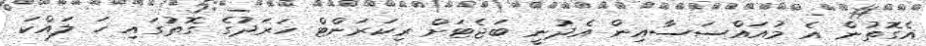
އެގޮތުން އެ މުއައްސަސާއިން އެދުނީ ބަޖެޓަށް ރިކަރަންޓް ހަރަދުގެ ގޮތުގައި ހަ ލައްކަ